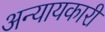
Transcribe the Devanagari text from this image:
अन्यायकारी